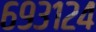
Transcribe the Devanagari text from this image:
६९३१२४